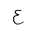
Letter: _ayn